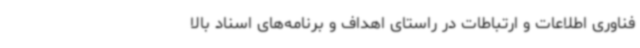
فناوری اطلاعات و ارتباطات در راستای اهداف و برنامه‌های اسناد بالا